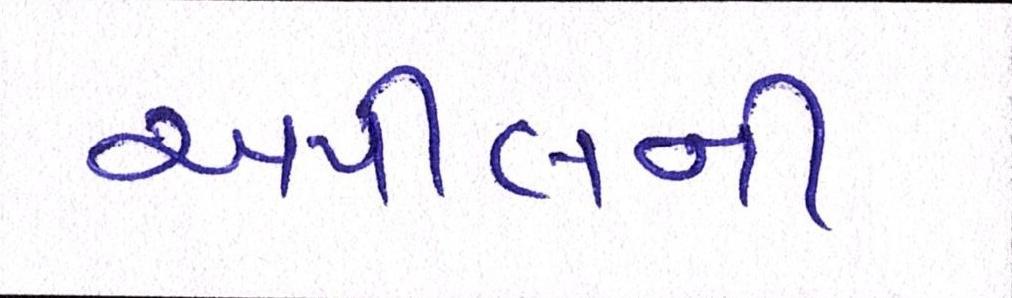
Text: અપીલની